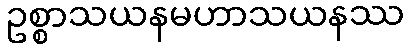
ဥစ္စာသယနမဟာသယနဿ